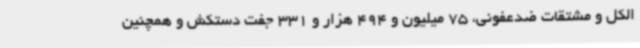
الکل و مشتقات ضدعفونی، 75 میلیون و 494 هزار و 331 جفت دستکش و همچنین